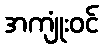
အကျုံးဝင်